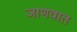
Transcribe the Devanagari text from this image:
जाणवात